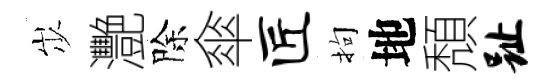
𡵯灧除傘匠拘地頽趾